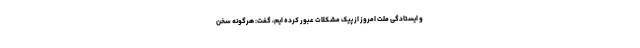
و ایستادگی ملت امروز از پیک مشکلات عبور کرده ایم، گفت: هرگونه سخن